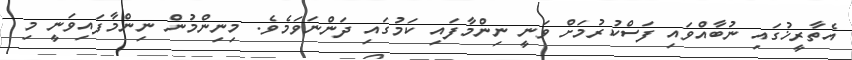
އެތާރީޚުގައި ނުބާއްވައި ފަސްކުރުމަށް ވަނީ ނިންމާފައި ކަމުގައި ދަންނަވަމެވެ. މިނިންމުން ނިންމާފައިވަނީ މި